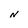
Character: N